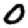
Digit: 0